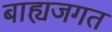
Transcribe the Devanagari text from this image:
बाह्यजगत